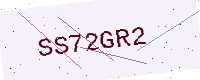
Text: SS72GR2